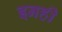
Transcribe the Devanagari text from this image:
इनही